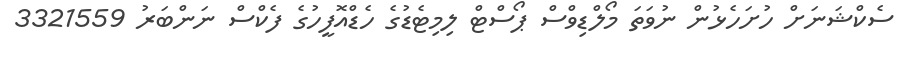
ސެކްޝަނަށް ހުށަހެޅުން ނުވަތަ މޯލްޑިވްސް ޕޯސްޓް ލިމިޓެޑުގެ ހެޑްއޮފީހުގެ ފެކްސް ނަންބަރު 3321559